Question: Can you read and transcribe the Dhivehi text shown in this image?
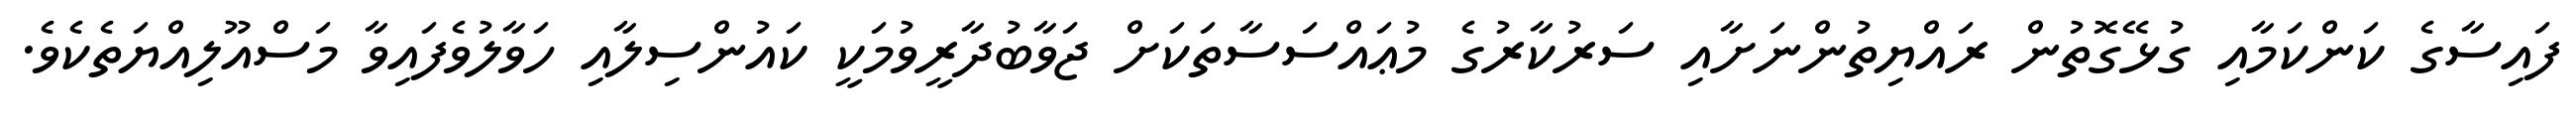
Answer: ފައިސާގެ ކަންކަމާއި ގުޅޭގޮތުން ރައްޔިތުންނަށާއި ސަރުކާރުގެ މުޢައްސަސާތަކަށް ޖަވާބުދާރީވުމަކީ ކައުންސިލާއި ހަވާލުވެފައިވާ މަސްއޫލިއްޔަތެކެވެ.